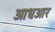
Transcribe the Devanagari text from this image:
आधआर